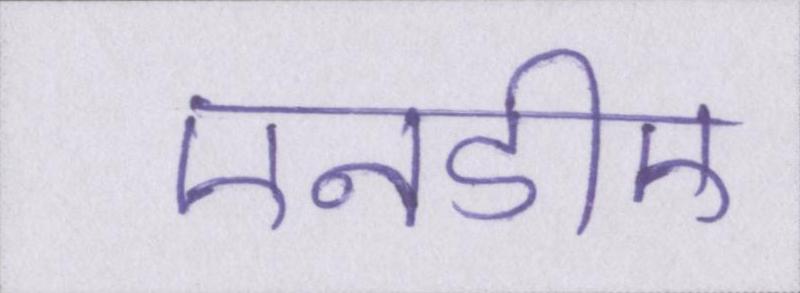
एनडीए